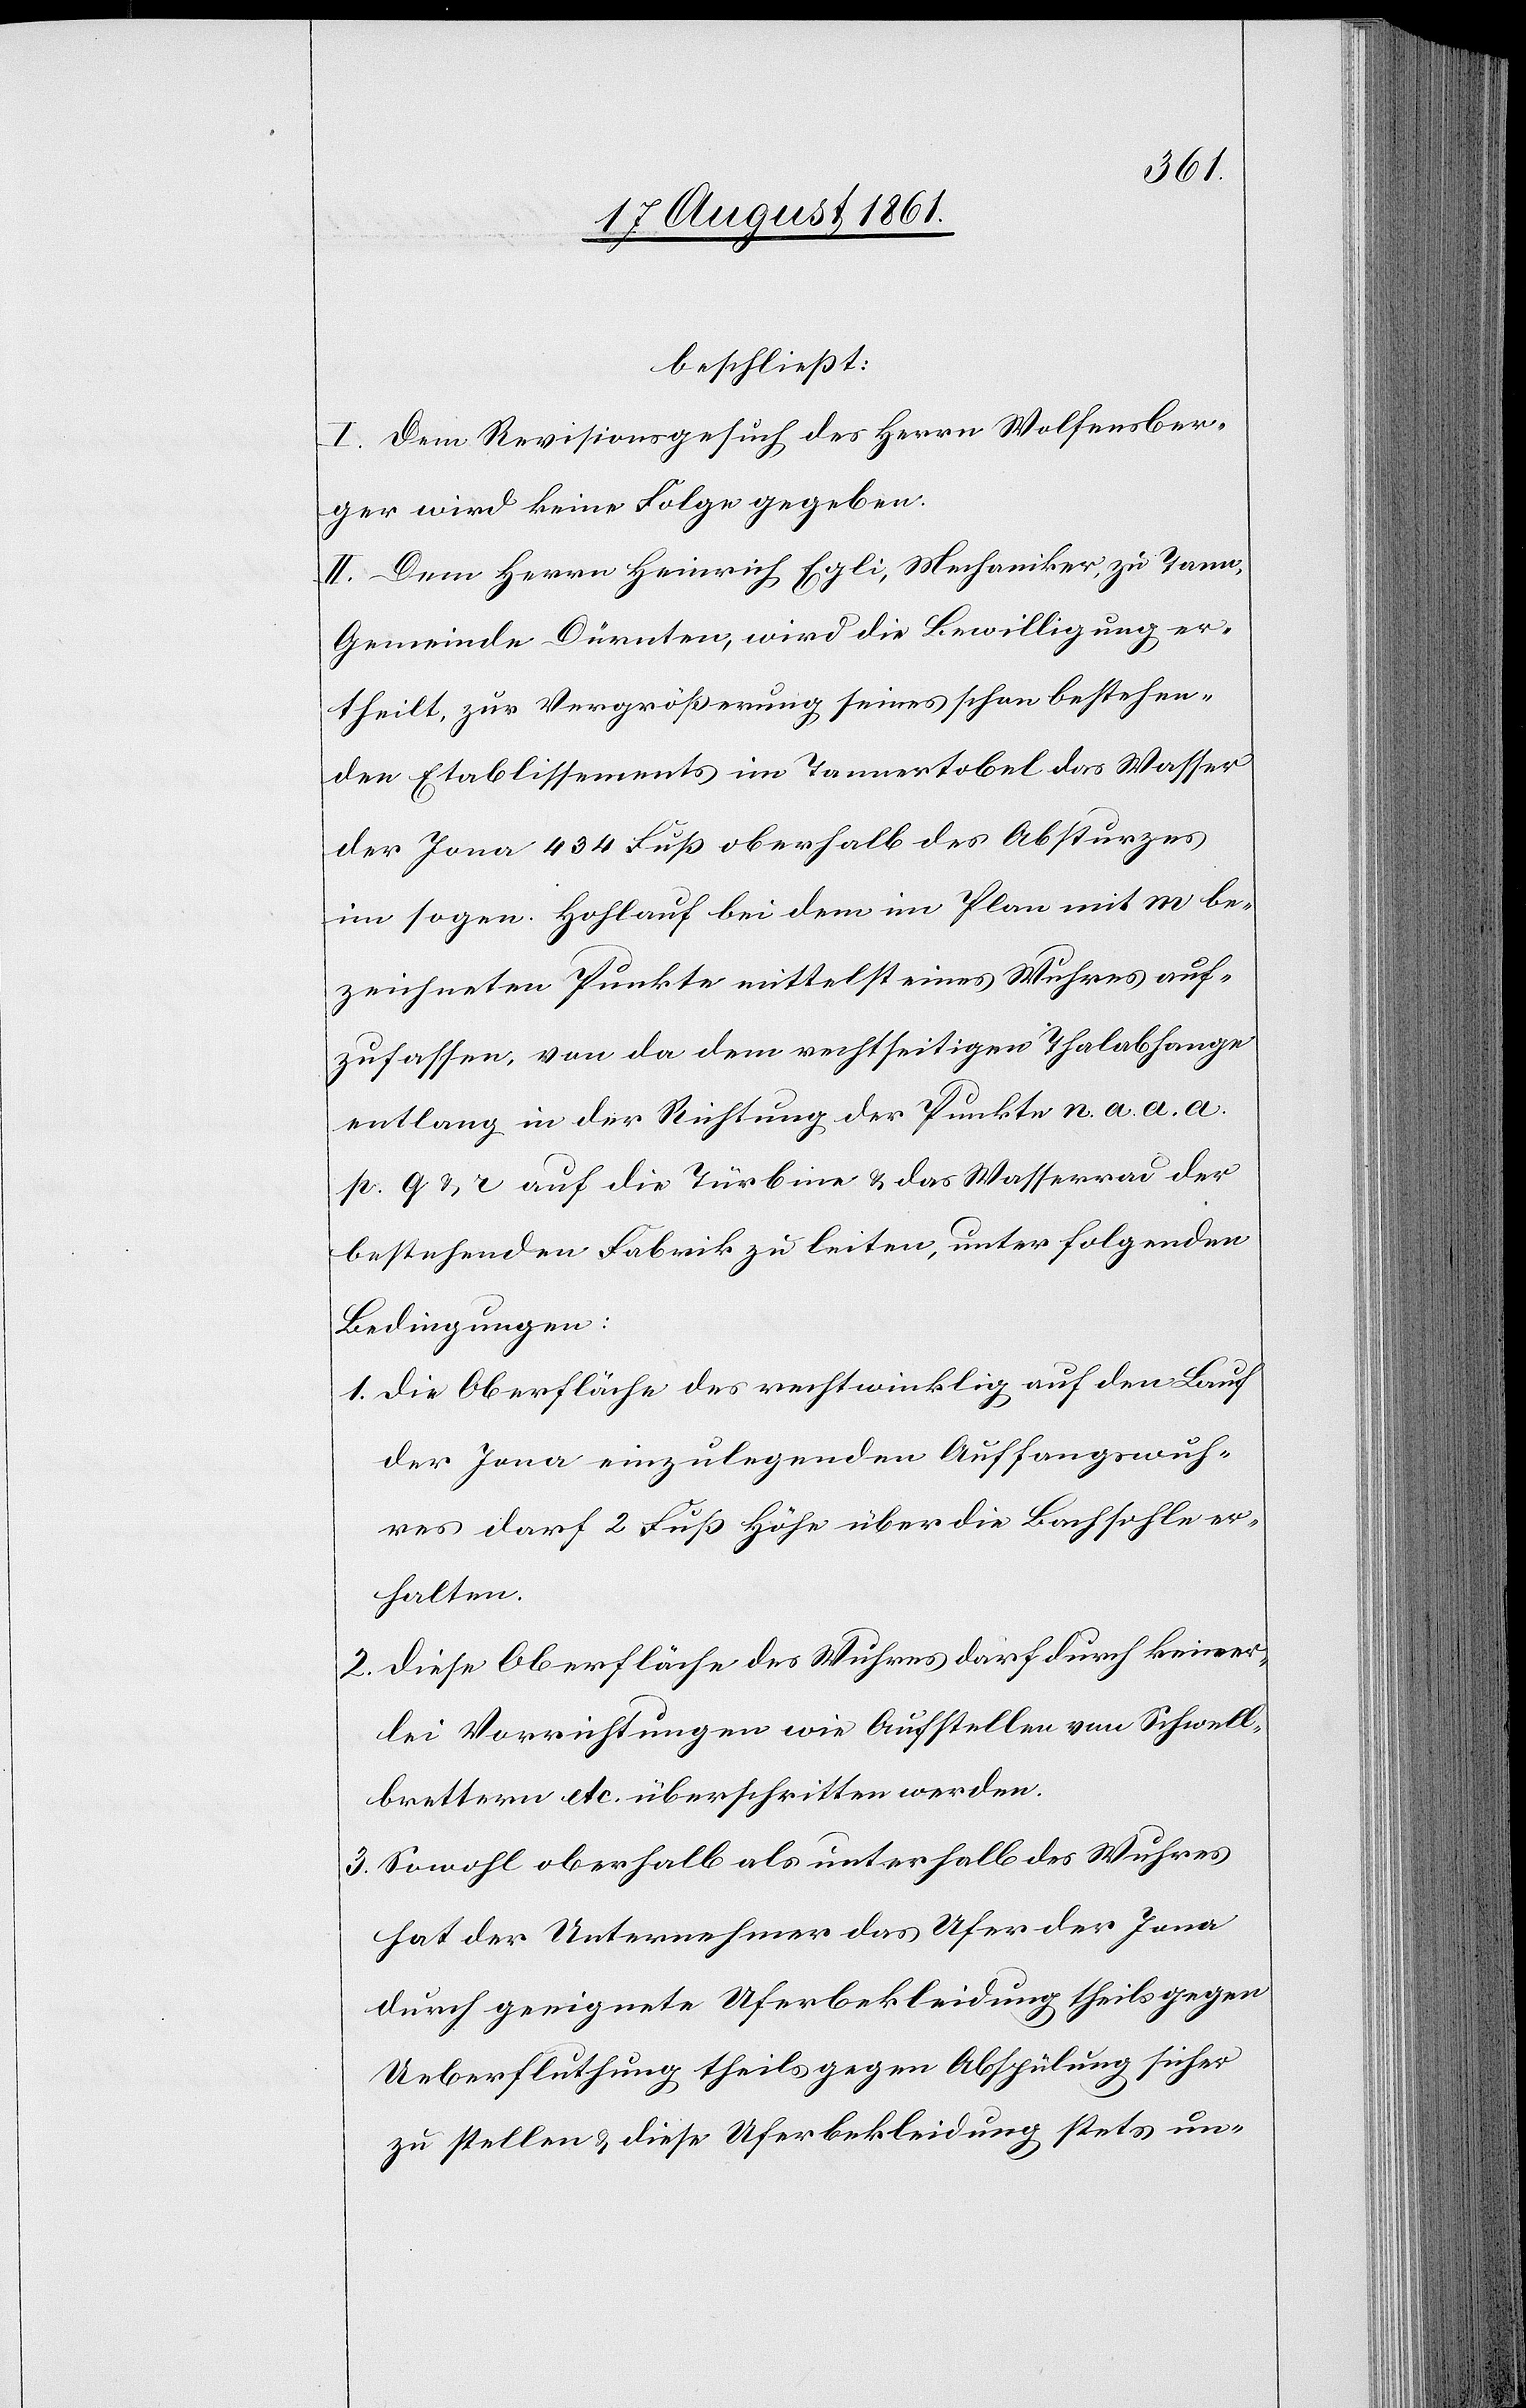
beschließt:
I. Dem Revisionsgesuch des Herrn Wolfensber¬
ger wird keine Folge gegeben.
II. Dem Herrn Heinrich Egli, Mechaniker, zu Tann,
Gemeinde Dürnten, wird die Bewilligung er¬
theilt, zur Vergrößerung seines schon bestehen¬
den Etablissements im Tannertobel das Wasser
der Jona 434 Fuß oberhalb des Absturzes
im sogen. Hohlauf bei dem im Plan mit m be¬
zeichneten Punkte mittelst eines Wuhres auf¬
zufassen, von das dem rechtseitigen Thalabhange
entlang in der Richtung der Punkte n. a. a. a.
pr. q u. r auf die Türbine u. das Wasserrad der
bestehenden Fabrik zu leiten, unter folgenden
Bedingungen:
1. Die Oberfläche des rechtwinklig auf den Lauf
der Jona einzulegenden Auffangswuh¬
res darf 2 Fuß Höhe über die Bachsohle er¬
halten.
2. Diese Oberfläche des Wuhres darf durch keiner¬
lei Vorrichtungen wie Aufstellen von Schwell¬
brettern etc. überschritten werden.
3. Sowohl oberhalb als unterhalb des Wuhres
hat der Unternehmer das Ufer der Jona
durch geeignete Uferbekleidung theils gegen
Ueberfluthung theils gegen Abspülung sicher
zu stellen u. diese Uferbekleidung stets un-